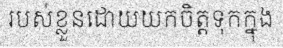
របស់ខ្លួនដោយយកចិត្តទុកក្នុង